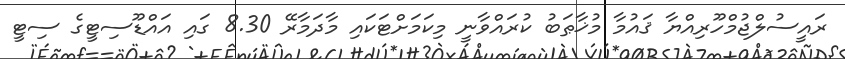
ރައީސުލްޖުމްހޫރިއްޔާ ޤައުމާ މުޚާޠަބު ކުރައްވާނީ މިކަމަށްޓަކައި މާދަމާރޭ 8.30 ގައި އައްޑޫސިޓީގެ ސިޓީ